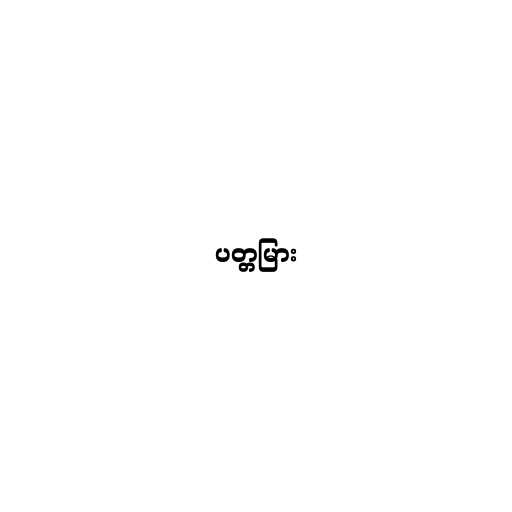
ပတ္တမြား